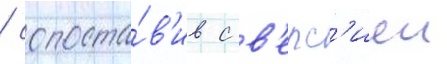
/ сопоста́в'ив с в'ерс'иеи